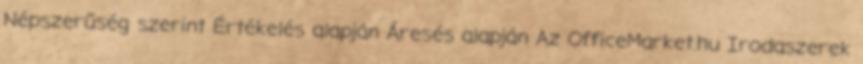
Népszerűség szerint Értékelés alapján Áresés alapján Az OfficeMarket.hu Irodaszerek